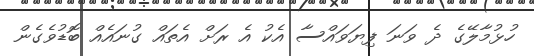
ހުޅުމާލޭގެ ދެ ވަނަ ފިޔަވައްސާ އެކު އެ ރަށް އެތައް ގުނައެއް ބޮޑުވެގެން